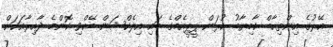
އޭރުގެ އިންތިހާބް ކާމިޔާބު ކުރަން ޕީޕީއެމްގެ ބައި އިލެކްޝަން ބޭއްވި ކޮންމެ ދާއިރާއަކަށް